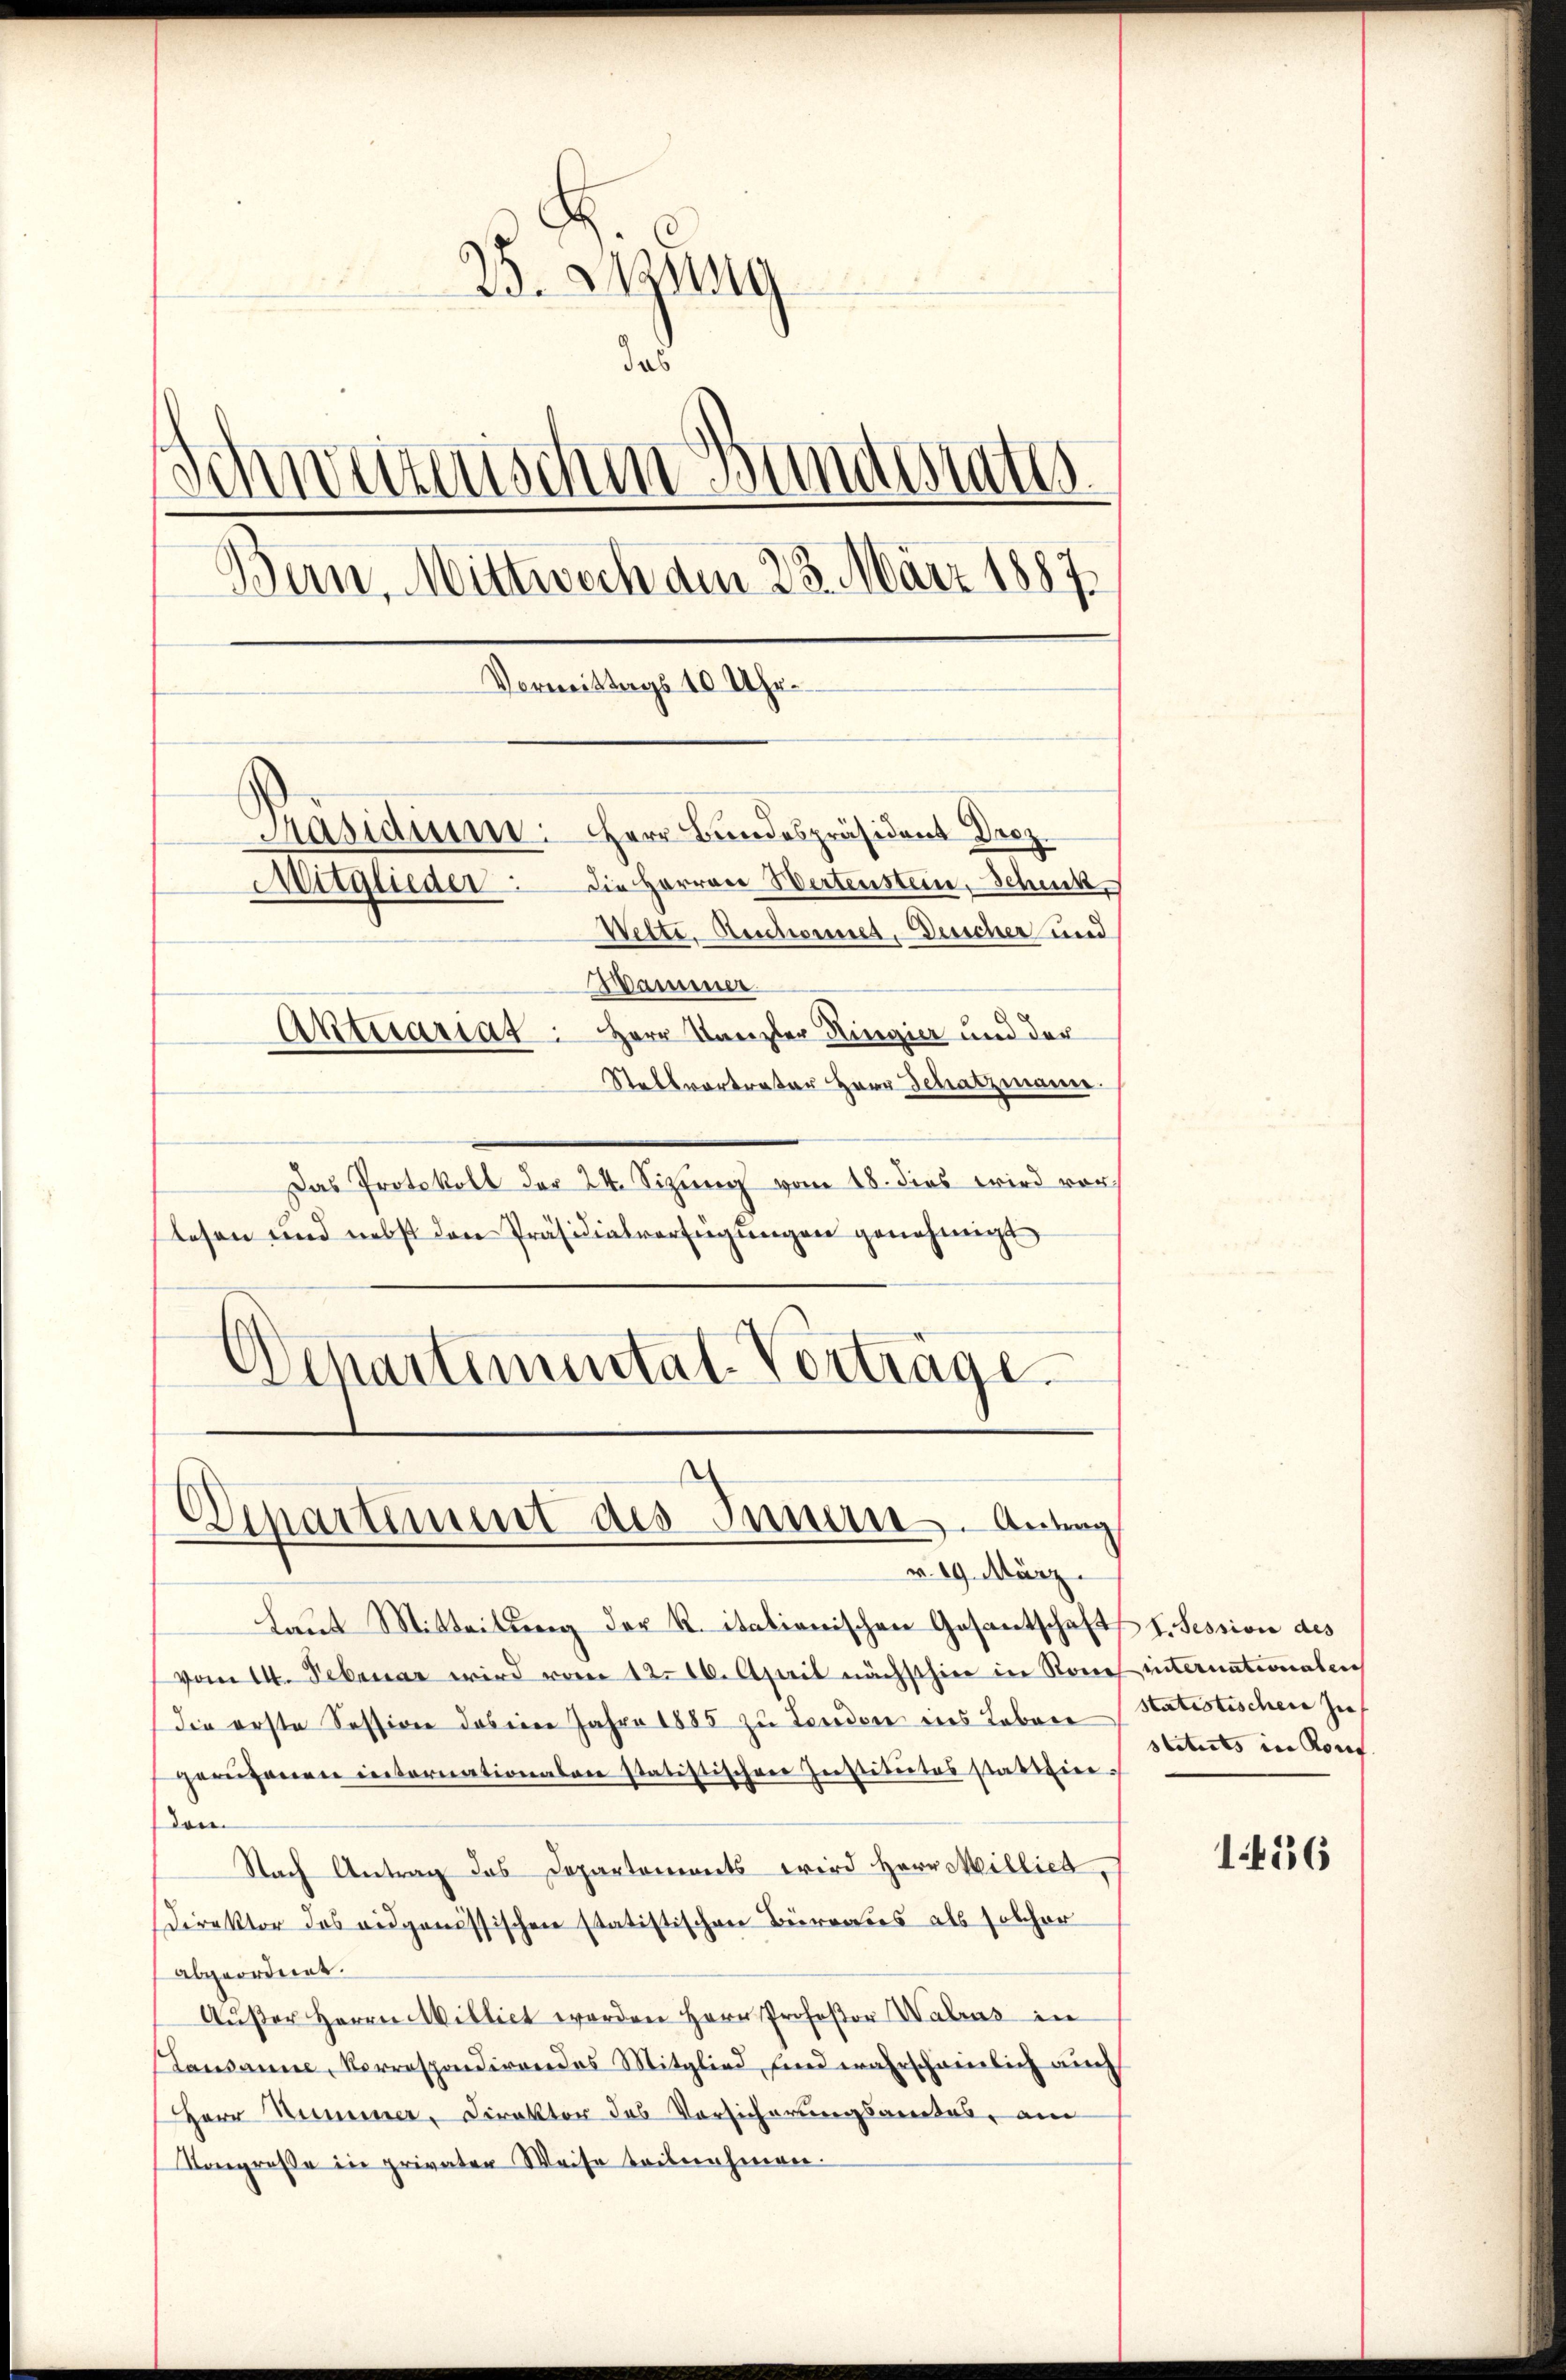
25. Sitzung
a
nm Bundestatt
d
virten
Bern, Mittwoch den 23. März 1887
Vormittags 10 Uhr.
Präsidium: Herr Bundespräsident Droz.
Die Herren Wertenstein, Schuck
Mitglieder:
Wette. Aeschonnet, Bericher und

Hammer
Aktuariat: Herr Kanzler Ringier und der
Stellvortreter Herr Schatzmann.
Das Protokoll der 24. Sizung vom 18. dies wird vor
lesen und nebst den Präsidialverfügungen genehmigt
Departementat. Vorträge.

Laut Mitteilung der R. italienischen Gesantschafts I. Session des
vom 14. Februar wird vom 12. 10. April nächsthier in Rouch internationalen
die erste Session das ein Jahre 1885 zu Tenden ins Leben
gerufenen internationalen statistischen Institutes statthierdom
Nach Antrag das Departements wird Herr Millica,
Direktor das eidgenössischen statistischen Büreaus als solcher
abgeordnet.
Aŭβer Herrn Milliet werden Herr Professor Walrus in
Lausanne, Korrespondirendes Mitglied, sind wahrscheinlich auch
Herr Summer, Direktor des Vorsicherungsamtes, am
Vongreße in privaten Weise teilnahmen.

Departement des Innen. Anlag
v. 19. März.

statistischen zu
stituts in Konf

1456